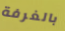
بالغرفة